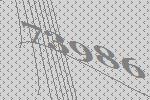
73986